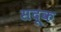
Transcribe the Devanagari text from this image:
सदूक